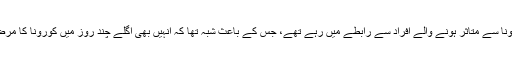
کیونکہ یہ افراد کورونا سے متاثر ہونے والے افراد سے رابطے میں رہے تھے، جس کے باعث شبہ تھا کہ انہیں بھی اگلے چند روز میں کورونا کا مرض لاحق ہوسکتا ہے۔